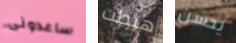
ساعدونى هبطت يحسن